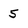
Character: 5